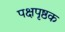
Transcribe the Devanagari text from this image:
पक्षपृष्ठक